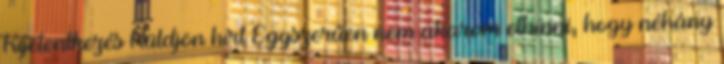
Kijelentkezés Küldjön hírt Egyszerűen nem akarom elhinni, hogy néhány